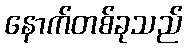
နောက်တစ်ခုသည်